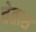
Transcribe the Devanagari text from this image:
चेतास